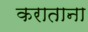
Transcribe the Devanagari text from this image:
कराताना